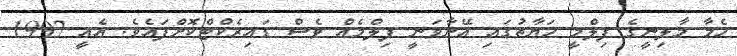
ހެމާ މާލިނީގެ ފިލްމީ ހަޔާތުގައި އޭނާވަނީ ފިލްމެއް ވެސް ޑައިރެކްޓްކޮށްފައެވެ. އެއީ 1992